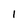
Character: l